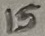
Text: 15